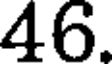
46.